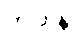
ဘဝါနိ